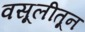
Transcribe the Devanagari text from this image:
वसूलीतून